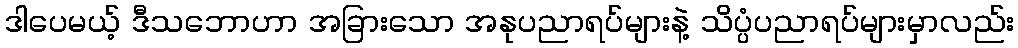
ဒါပေမယ့် ဒီသဘောဟာ အခြားသော အနုပညာရပ်များနဲ့ သိပ္ပံပညာရပ်များမှာလည်း